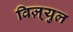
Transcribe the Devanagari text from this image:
विज़्युल